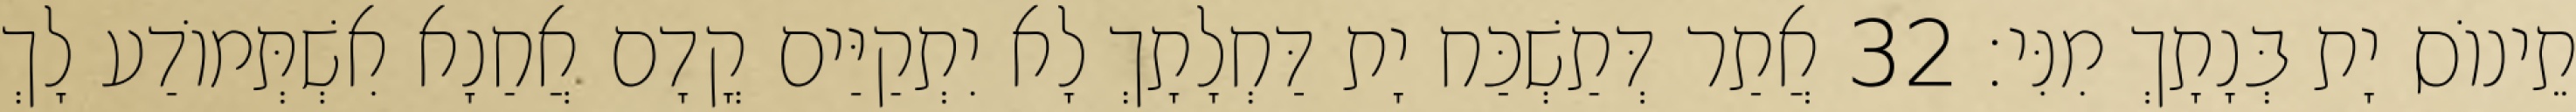
תֵינוֹס יָת בְּנָתָךְ מִנִּי׃ 32 אֲתַר דְּתַשְׁכַּח יָת דַּחְלָתָךְ לָא יִתְקַיַּים קֳדָם אֲחַנָא אִשְׁתְּמוֹדַע לָךְ